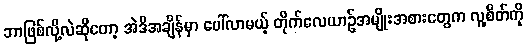
ဘာဖြစ်လို့လဲဆိုတော့ အဲဒီအချိန်မှာ ပေါ်လာမယ့် တိုက်လေယာဉ်အမျိုးအစားတွေက လူ့စိတ်ကို